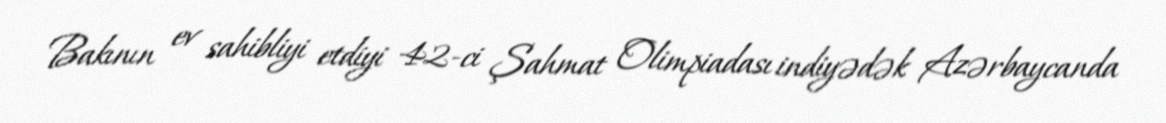
Bakının ev sahibliyi etdiyi 42-ci Şahmat Olimpiadası indiyədək Azərbaycanda